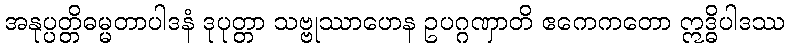
အနုပ္ပတ္တိဓမ္မတာပါဒနံ ဒုပုတ္တာ သဗ္ဗုဿာဟေန ဥပဂ္ဂဏှာတိ ဧကေကတော ဣဒ္ဓိပါဒဿ